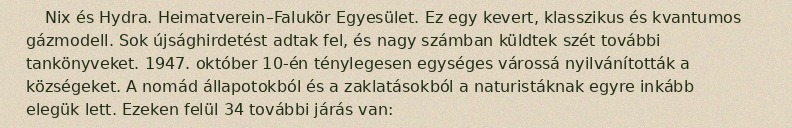
Nix és Hydra. Heimatverein–Falukör Egyesület. Ez egy kevert, klasszikus és kvantumos gázmodell. Sok újsághirdetést adtak fel, és nagy számban küldtek szét további tankönyveket. 1947. október 10-én ténylegesen egységes várossá nyilvánították a községeket. A nomád állapotokból és a zaklatásokból a naturistáknak egyre inkább elegük lett. Ezeken felül 34 további járás van: